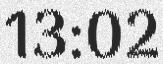
13:02